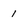
Character: 1